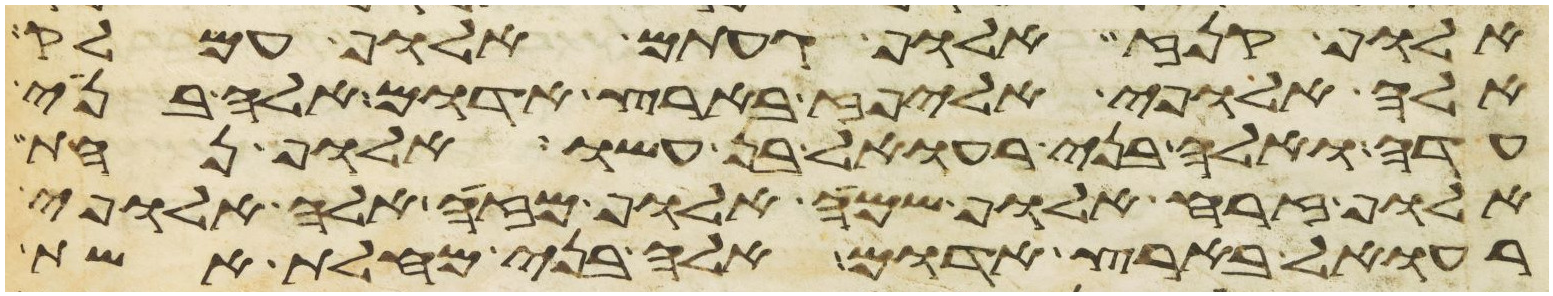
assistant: אלוף קנז אלוף געתם אלוף עמלק
אלה אלופי אליפז בארץ אדום אלה בני
עדה ואלה בני רעואל בן עשו אלוף נחת
אלוף זרח אלוף שמח אלוף מזה אלה אלופי
רעואל בארץ אדום אלה בני מחלת אשת